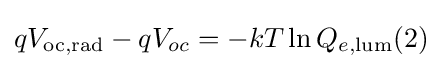
qV_{{\text{oc}},{\text{rad}}}-qV_{oc}=-kT\ln {Q_{e,{\text{lum}}}}(2)